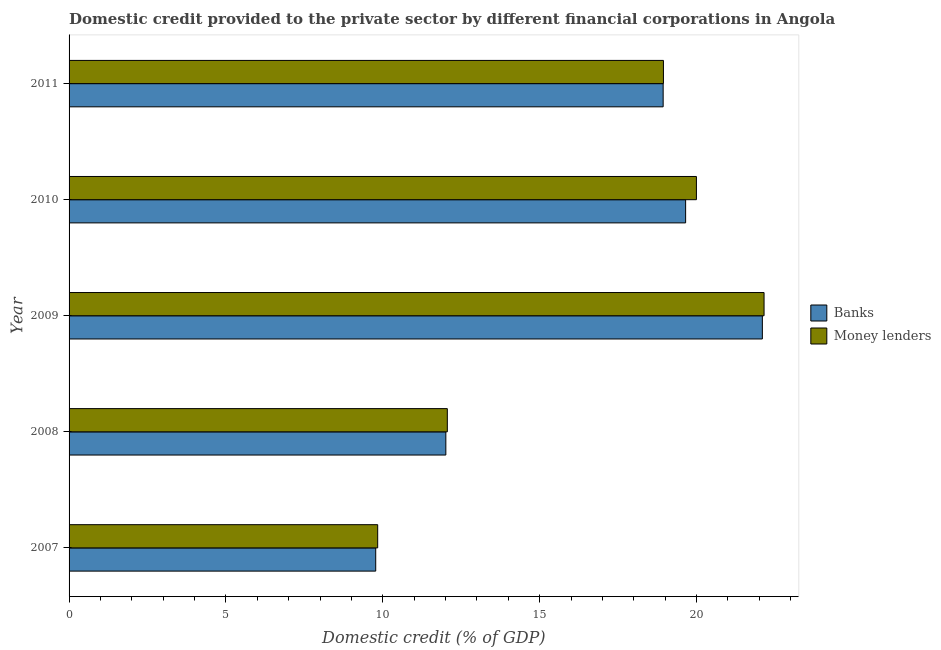
| Year | Banks | Money lenders |
 | --- | --- | --- |
 | 2007 | 9.77 | 9.84 |
 | 2008 | 12 | 12.1 |
 | 2009 | 22.1 | 22.2 |
 | 2010 | 19.7 | 20 |
 | 2011 | 18.9 | 18.9 |